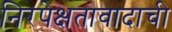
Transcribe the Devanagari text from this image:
निरपेक्षतावादाची